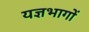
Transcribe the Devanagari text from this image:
यज्ञभागों